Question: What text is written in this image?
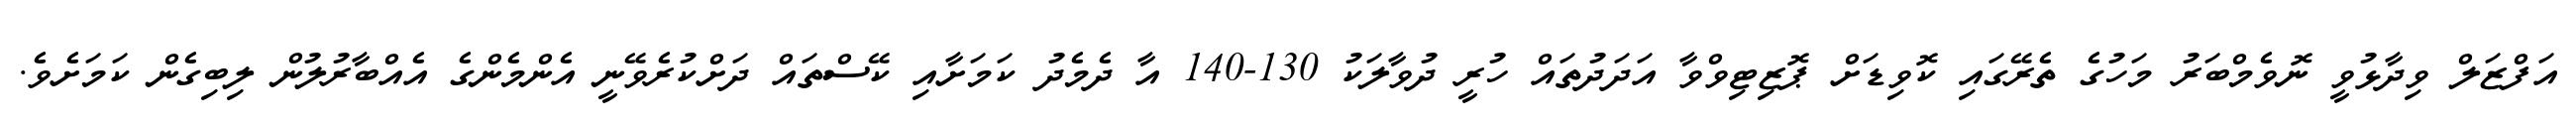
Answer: އަފްޒަލް ވިދާޅުވީ ނޮވެމްބަރު މަހުގެ ތެރޭގައި ކޮވިޑަށް ޕޮޒިޓިވްވާ އަދަދުތައް ހުރީ ދުވާލަކު 130-140 އާ ދެމެދު ކަމަށާއި ކޭސްތައް ދަށްކުރެވޭނީ އެންމެންގެ އެއްބާރުލުން ލިބިގެން ކަމަށެވެ.